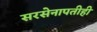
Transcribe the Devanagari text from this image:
सरसेनापतीही